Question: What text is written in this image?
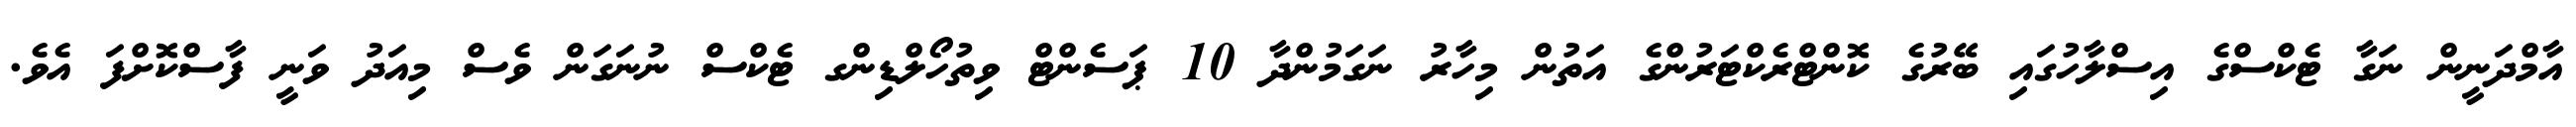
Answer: އާމްދަނީން ނަގާ ޓެކްސްގެ އިސްލާހުގައި ބޭރުގެ ކޮންޓްރެކްޓަރުންގެ އަތުން މިހާރު ނަގަމުންދާ 10 ޕަސެންޓް ވިތުހޯލްޑިންގ ޓެކްސް ނުނަގަން ވެސް މިއަދު ވަނީ ފާސްކޮށްފަ އެވެ.